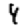
Digit: 4